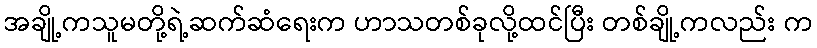
အချို့ကသူမတို့ရဲ့ဆက်ဆံရေးက ဟာသတစ်ခုလို့ထင်ပြီး တစ်ချို့ကလည်း က